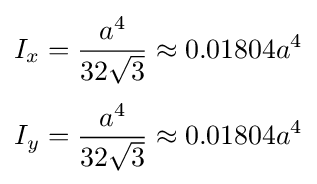
{\begin{aligned}I_{x}&={\frac {a^{4}}{32{\sqrt {3}}}}\approx 0.01804a^{4}\\[3pt]I_{y}&={\frac {a^{4}}{32{\sqrt {3}}}}\approx 0.01804a^{4}\end{aligned}}